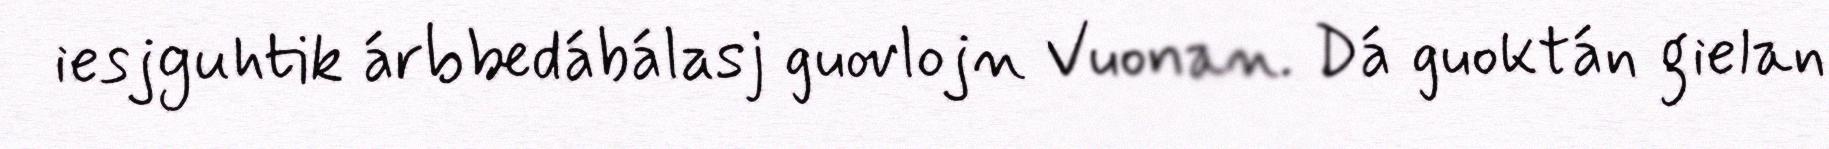
iesjguhtik árbbedábálasj guovlojn Vuonan. Dá guoktán gielan